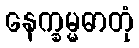
နေက္ခမ္မဓာတုံ